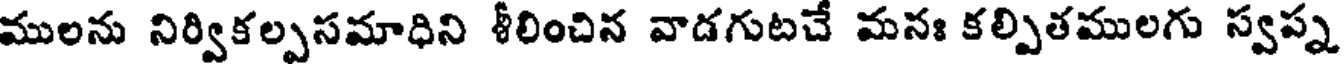
ములను నిర్వికల్పసమాధిని శీలించిన వాడగుటచే మనః కల్పితములగు స్వప్న